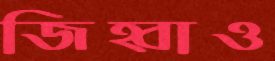
জিহ্বাও